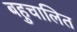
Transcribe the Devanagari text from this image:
बहुचालित